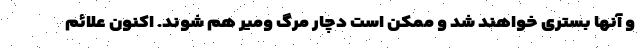
و آنها بستری خواهند شد و ممکن است دچار مرگ ومیر هم شوند. اکنون علائم